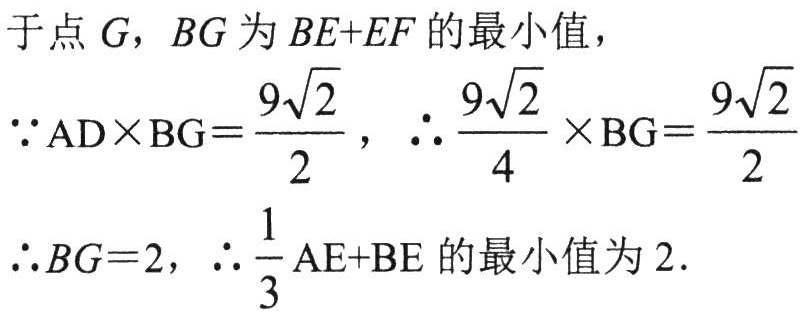
于点 \(G\)，\(BG\) 为 \(BE + EF\) 的最小值，
\(\because AD\times BG=\frac{9\sqrt{2}}{2}\)，\(\therefore \frac{9\sqrt{2}}{4}\times BG=\frac{9\sqrt{2}}{2}\)
\(\therefore BG = 2\)，\(\therefore \frac{1}{3}AE + BE\) 的最小值为 \(2\).